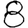
Digit: 8